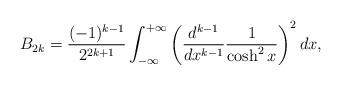
LaTeX: \begin{align*}B_{2k}=\frac{(-1)^{k-1}}{2^{2k+1}}\int_{-\infty}^{+\infty} \left(\frac{d^{k-1}}{dx^{k-1}}\frac{1}{\cosh^{2}x}\right)^{2}dx,\end{align*}